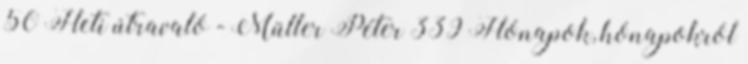
50 Heti útravaló - Müller Péter 339 Hónapok, hónapokról